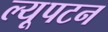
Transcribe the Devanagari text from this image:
ल्यूपटन